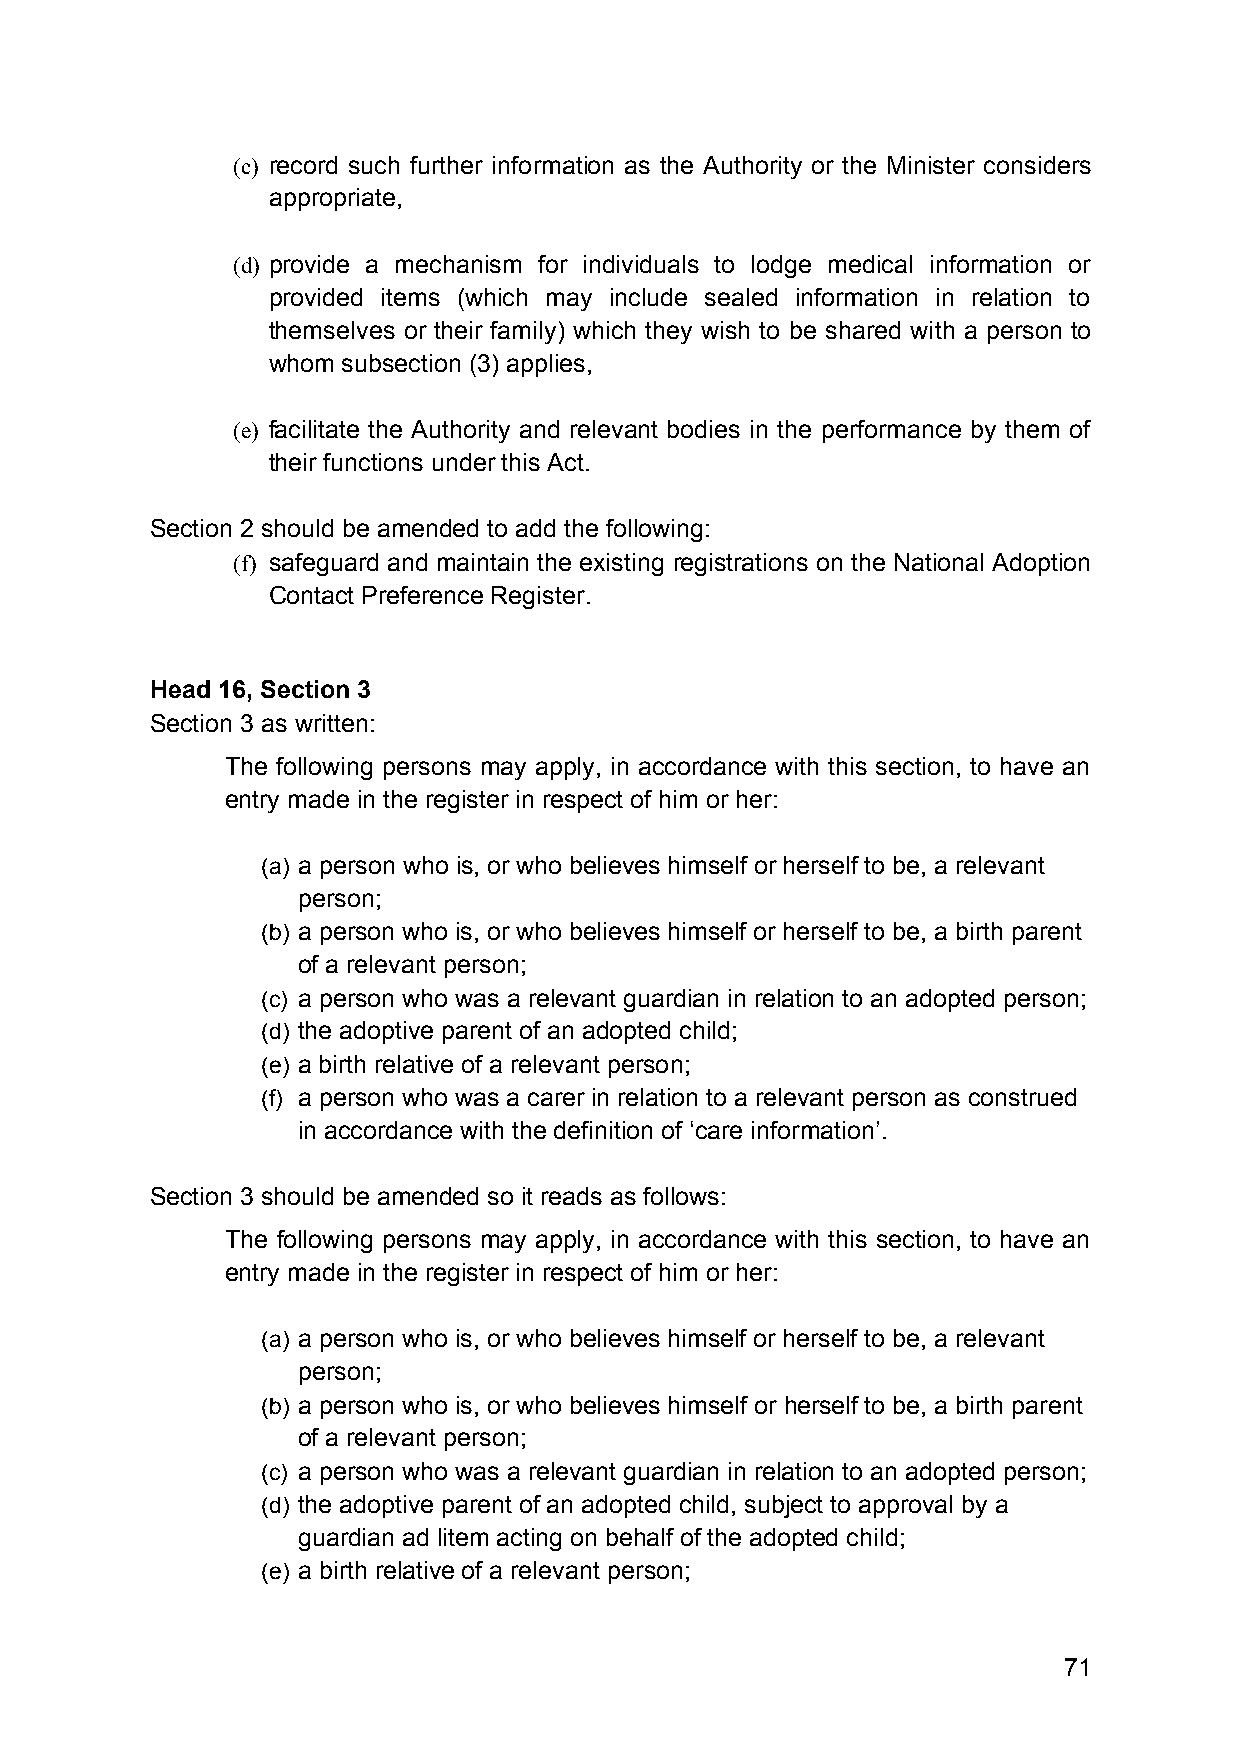
(c) record such further information as the Authority or the Minister considers
 appropriate,
 (d) provide a mechanism for individuals to lodge medical information or
 provided items (which may include sealed information in relation to
 themselves or their family) which they wish to be shared with a person to
 whom subsection (3) applies,
 (e) facilitate the Authority and relevant bodies in the performance by them of
 their functions under this Act.
 Section 2 should be amended to add the following:
 (f) safeguard and maintain the existing registrations on the National Adoption
 Contact Preference Register.
 Head 16, Section 3
 Section 3 as written:
 The following persons may apply, in accordance with this section, to have an
 entry made in the register in respect of him or her:
 (a) a person who is, or who believes himself or herself to be, a relevant
 person;
 (b) a person who is, or who believes himself or herself to be, a birth parent
 of a relevant person;
 (c) a person who was a relevant guardian in relation to an adopted person;
 (d) the adoptive parent of an adopted child;
 (e) a birth relative of a relevant person;
 (f) a person who was a carer in relation to a relevant person as construed
 in accordance with the definition of ‘care information’.
 Section 3 should be amended so it reads as follows:
 The following persons may apply, in accordance with this section, to have an
 entry made in the register in respect of him or her:
 (a) a person who is, or who believes himself or herself to be, a relevant
 person;
 (b) a person who is, or who believes himself or herself to be, a birth parent
 of a relevant person;
 (c) a person who was a relevant guardian in relation to an adopted person;
 (d) the adoptive parent of an adopted child, subject to approval by a
 guardian ad litem acting on behalf of the adopted child;
 (e) a birth relative of a relevant person;
 71